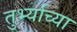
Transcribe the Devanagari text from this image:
तुर्भ्याच्या